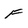
Character: F